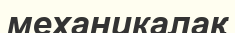
механикалақ